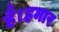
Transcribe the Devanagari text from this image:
है।हमार